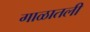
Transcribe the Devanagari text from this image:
गाळातली